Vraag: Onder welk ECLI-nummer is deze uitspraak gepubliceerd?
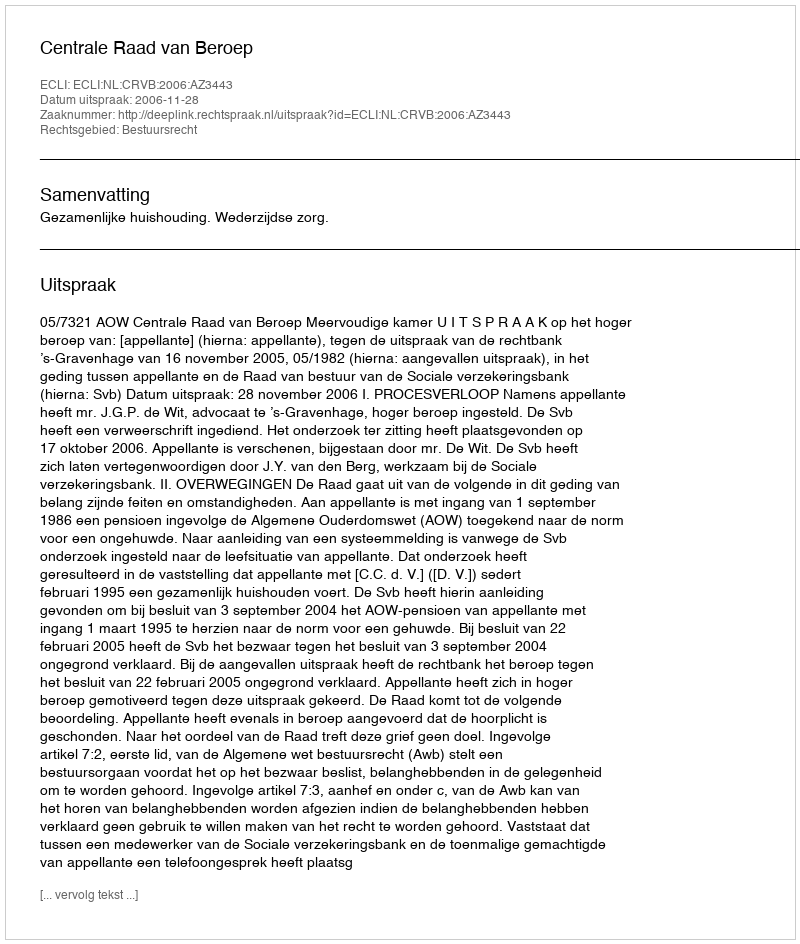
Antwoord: ECLI:NL:CRVB:2006:AZ3443